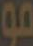
مو